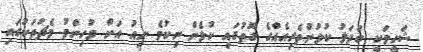
ޝަހީމަކީ ބަދަލު ކުޅުންތެރިއެއްގެ ގޮތުގައި ކުޅެން ނިކުމެ ނިއު އަށް މުހިންމު މެޗުތަކުގައި